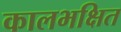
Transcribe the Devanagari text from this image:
कालभक्षित